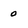
Character: 0